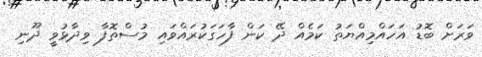
ވަރަށް ބޮޑު އަހައްމިއްޔަތު ކަމެއް ދޭ ކަން ފާހަގަކުރައްވައި މުސްތޮފާ ވިދާޅުވީ ދޫނި